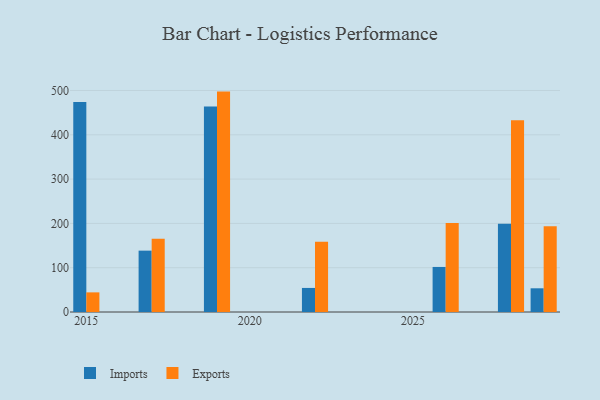
{"axis": {"x": "Year", "y": "Gross Profit (USD K)"}, "legend": ["Exports", "Imports"], "data": [{"x": "2015", "y": 474.0, "type": "Imports"}, {"x": "2015", "y": 44.3, "type": "Exports"}, {"x": "2017", "y": 138.5, "type": "Imports"}, {"x": "2017", "y": 165.2, "type": "Exports"}, {"x": "2028", "y": 199.1, "type": "Imports"}, {"x": "2028", "y": 433.1, "type": "Exports"}, {"x": "2029", "y": 53.5, "type": "Imports"}, {"x": "2029", "y": 193.3, "type": "Exports"}, {"x": "2022", "y": 54.3, "type": "Imports"}, {"x": "2022", "y": 158.4, "type": "Exports"}, {"x": "2026", "y": 101.7, "type": "Imports"}, {"x": "2026", "y": 201.0, "type": "Exports"}, {"x": "2019", "y": 463.8, "type": "Imports"}, {"x": "2019", "y": 497.5, "type": "Exports"}]}